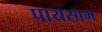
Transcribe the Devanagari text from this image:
पायसाभ